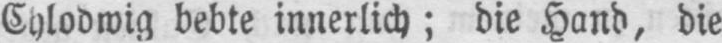
Chlodwig bebte innerlich; die Hand, die